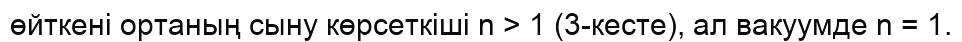
өйткені ортаның сыну көрсеткіші n > 1 (3-кесте), ал вакуумде n = 1.